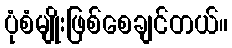
ပုံစံမျိုးဖြစ်စေချင်တယ်။